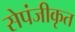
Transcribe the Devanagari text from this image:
सेपंजीकृत